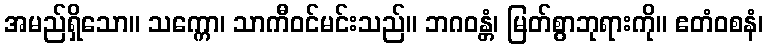
အမည်ရှိသော။ သက္ကော၊ သာကီဝင်မင်းသည်။ ဘဂဝန္တံ၊ မြတ်စွာဘုရားကို။ ဧတံဝစနံ၊